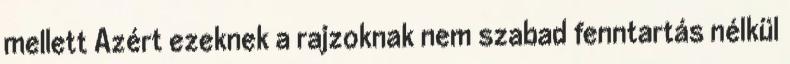
mellett Azért ezeknek a rajzoknak nem szabad fenntartás nélkül